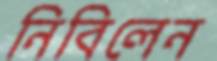
নিবিলেন